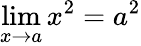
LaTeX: \operatorname*{lim}_{x\to a}x^{2}=a^{2}